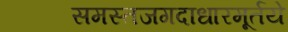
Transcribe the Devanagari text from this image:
समस्तजगदाधारमूर्तये